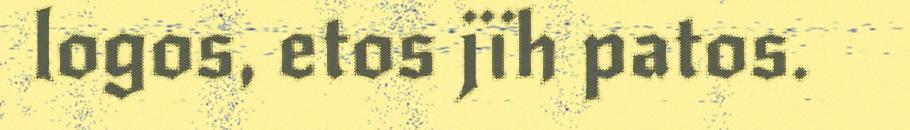
logos, etos jïh patos.